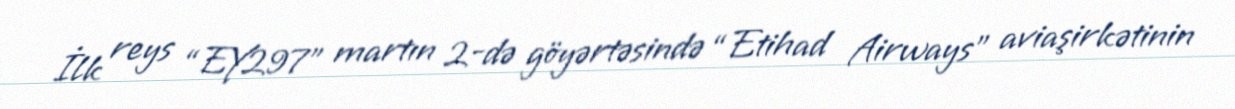
İlk reys “EY297” martın 2-də göyərtəsində “Etihad Airways” aviaşirkətinin